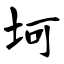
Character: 坷